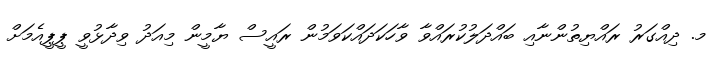
މ. ދިއްގަރު ރައްޔިތުންނާއި ބައްދަލުކުރައްވާ ވާހަކަދައްކަވަމުން ރައީސް ޔާމީން މިއަދު ވިދާޅުވީ ޕީޕީއެމަށް